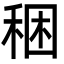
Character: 稇